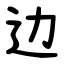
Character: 边